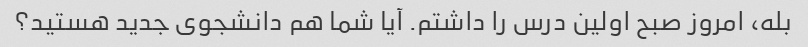
بله، امروز صبح اولین درس را داشتم. آیا شما هم دانشجوی جدید هستید؟